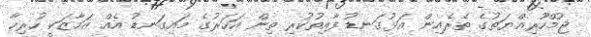
ޖުމްހޫރިއްޔަތުގެ ތެރެއިން އަޅުގަނޑު ފާއިތުކުރި ތިން އަހަރުގެ މައިގަނޑު އެއް އަމާޒަކީ ހުރިހާ